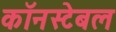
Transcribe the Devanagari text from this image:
कॉनस्टेबल